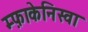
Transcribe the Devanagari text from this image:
म्फ़ाकेनिस्वा